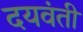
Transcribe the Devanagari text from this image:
दयवंती